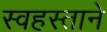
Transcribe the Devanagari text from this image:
स्वहस्ताने